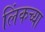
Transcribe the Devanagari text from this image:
लिंकच्या